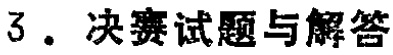
3. 决赛试题与解答